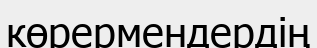
көрермендердің